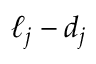
\ell _ { j } - d _ { j }